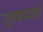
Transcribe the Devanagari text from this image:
दुषप्रभावो